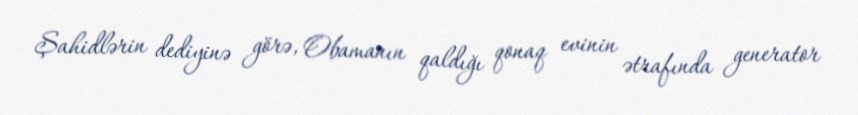
Şahidlərin dediyinə görə, Obamanın qaldığı qonaq evinin ətrafında generator